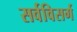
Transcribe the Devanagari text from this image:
सर्वविसर्ग